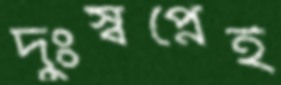
দুঃস্বপ্নেই